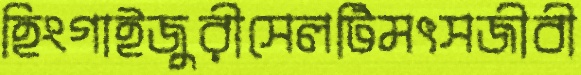
হিংগাইজুরীসেলটিমৎসজীবী